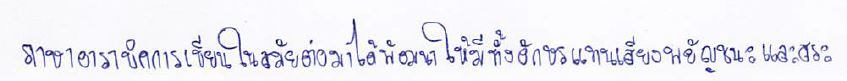
ภาษาอารบิคการเขียนในสมัยต่อมาได้พัฒนาให้มีทั้งอักษรแทนเสียงพยัญชนะและสระ